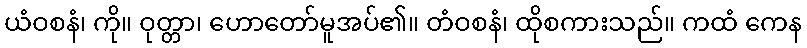
ယံဝစနံ၊ ကို။ ဝုတ္တာ၊ ဟောတော်မူအပ်၏။ တံဝစနံ၊ ထိုစကားသည်။ ကထံ ကေန